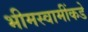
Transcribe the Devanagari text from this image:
भीमस्वामींकडे